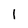
Character: 1